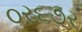
૦ર૬૭ર